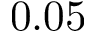
0 . 0 5